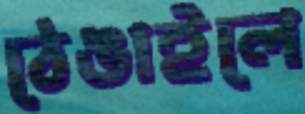
ঠেঙাইলে